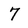
Character: 7